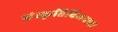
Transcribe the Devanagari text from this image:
संस्कृतिविजयाची